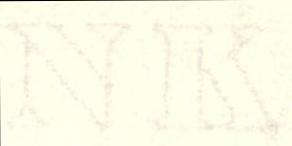
NK